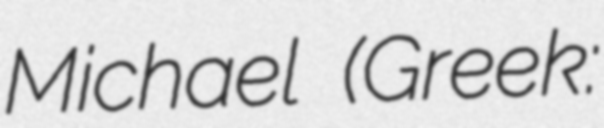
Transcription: Michael (Greek: